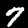
Digit: 7